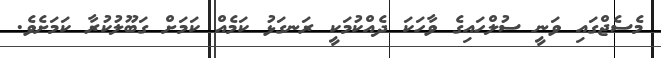
މެސެޖްގައި ވަނީ ސުލްހައިގެ ވާހަކަ ދެއްކުމަކީ ރަނގަޅު ކަމެއް ކަމަށް ގަބޫލުކުރާ ކަމަށެވެ.